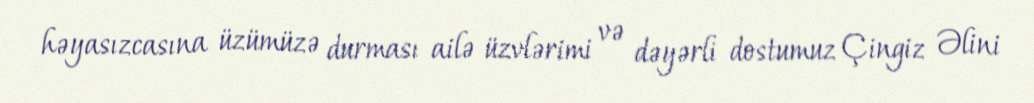
həyasızcasına üzümüzə durması ailə üzvlərimi və dəyərli dostumuz Çingiz Əlini